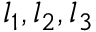
l _ { 1 } , l _ { 2 } , l _ { 3 }